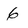
Character: 6